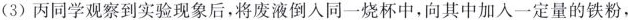
(3)丙同学观察到实验现象后，将废液倒入同一烧杯中，向其中加入一定量的铁粉，